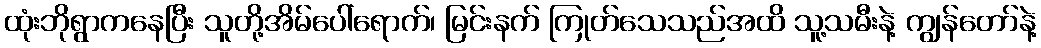
ထုံးဘိုရွာကနေပြီး သူတို့အိမ်ပေါ်ရောက်၊ မြင်းနက် ကြုတ်သေသည်အထိ သူ့သမီးနဲ့ ကျွန်တော်နဲ့